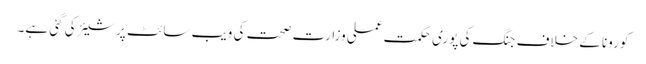
کورونا کے خلاف جنگ کی پوری حکمت عملی وزارت صحت کی ویب سائٹ پر شیئر کی گئی ہے۔